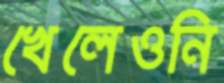
খেলেওনি